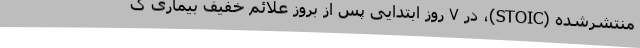
منتشرشده (STOIC)، در ۷ روز ابتدایی پس از بروز علائم خفیف بیماری ک